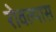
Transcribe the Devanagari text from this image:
रोवल्यास